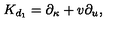
{ K } _ { d _ { 1 } } = \partial _ { \kappa } + v \partial _ { u } ,